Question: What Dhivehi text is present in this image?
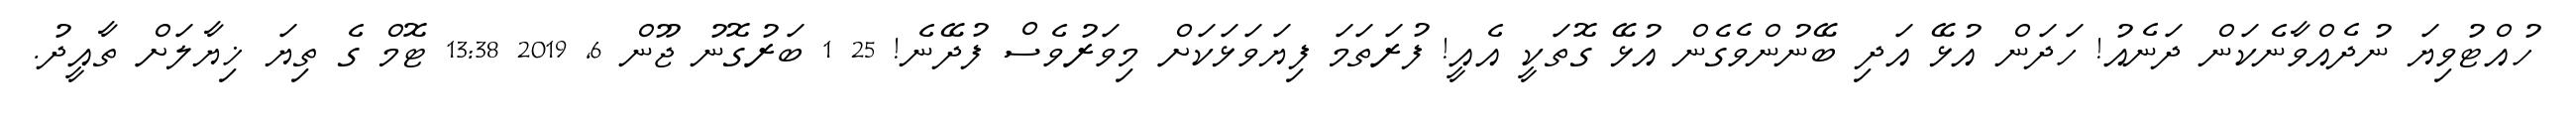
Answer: ހުއްޓުވިޔަ ނުދެއްވާނެކަން ދަނެއު! ހަދަން އުޅޭ އަދި ބޭނުންވެގެން އުޅޭ ގޮތަކީ އެއީ! ފުރަތަމަ ފިޔަވަޅަކަށް މިވަރުވެސް ފުދޭނެ! 25 1 ބަރުގޮނު ޖޫން 6, 2019 13:38 ޓޮމް ގެ ތިޔަ ޚިޔާލަށް ތާއީދު.